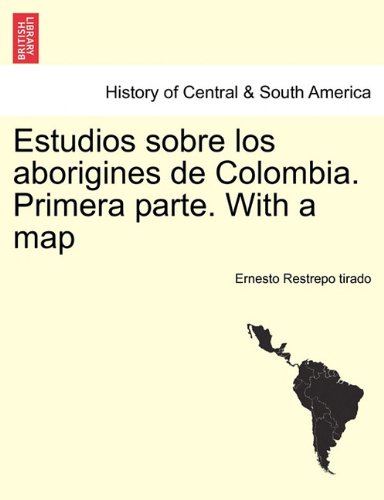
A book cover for Estudios sobre los aborigines de Colombia. Primera parte. With a map (Spanish Edition); Ernesto Restrepo tirado; Travel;